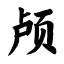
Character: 颅